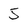
Character: 5